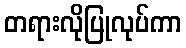
တရားလိုပြုလုပ်ကာ